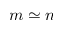
m \simeq n